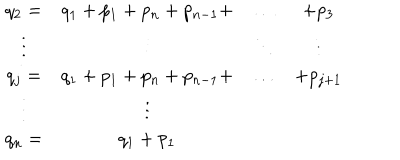
\begin{array} { c c c c } { { q _ { 2 } = } } & { { q _ { 1 } + p _ { 1 } + p _ { n } + p _ { n - 1 } + } } & { { \ldots } } & { { + p _ { 3 } } } \\ { { \vdots } } & { { \vdots } } & { { \ddots } } & { { \vdots } } \\ { { q _ { j } = } } & { { q _ { 1 } + p _ { 1 } + p _ { n } + p _ { n - 1 } + } } & { { \ldots } } & { { + p _ { j + 1 } } } \\ { { \vdots } } & { { \vdots } } & { { } } & { { } } \\ { { q _ { n } = } } & { { q _ { 1 } + p _ { 1 } } } & { { } } & { { } } \\ \end{array}